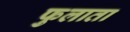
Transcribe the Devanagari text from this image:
फुलाता